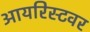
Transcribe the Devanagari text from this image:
आयरिस्टवर